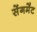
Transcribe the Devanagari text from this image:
सेंगमेंट